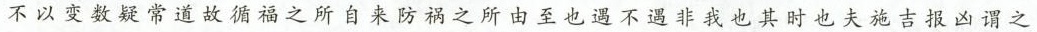
不以变数疑常道故循福之所自来防祸之所由至也遇不遇非我也其时也夫施吉报凶谓之